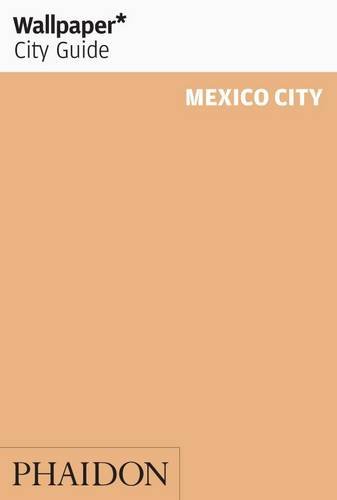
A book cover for Wallpaper* City Guide Mexico City 2012 (Wallpaper City Guides); Travel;